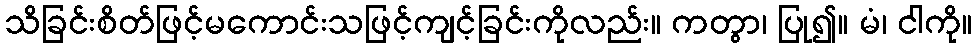
သိခြင်းစိတ်ဖြင့်မကောင်းသဖြင့်ကျင့်ခြင်းကိုလည်း။ ကတွာ၊ ပြု၍။ မံ၊ ငါကို။